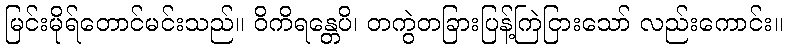
မြင်းမိုရ်တောင်မင်းသည်။ ဝိကိရန္တေပိ၊ တကွဲတခြားပြန့်ကြဲငြားသော် လည်းကောင်း။